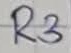
Text: R3